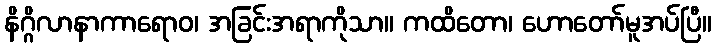
နိဂ္ဂိလာနာကာရောဝ၊ အခြင်းအရာကိုသာ။ ကထိတော၊ ဟောတော်မူအပ်ပြီ။